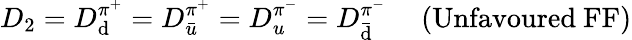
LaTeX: D_{2}=D_{\mathrm{d}}^{\pi^{+}}=D_{\bar{{u}}}^{\pi^{+}}=D_{u}^{\pi^{-}}=D_{\bar{{\mathrm{d}}}}^{\pi^{-}}\ \ \ \ \ (\mathrm{{Unfavoure\mathrm{d}~FF)}}